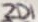
Text: ZD1